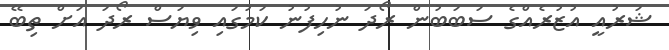
ޝަރުއީ އުޒުރެއްގެ ސަބަބުން ރޯދަ ނުހިފުނު ކަމުގައި ވިޔަސް ރޯދަ އަށް ތިބޭ